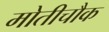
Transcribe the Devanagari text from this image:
मोतीचौक